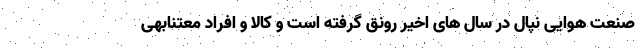
صنعت هوایی نپال در سال های اخیر رونق گرفته است و کالا و افراد معتنابهی